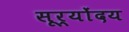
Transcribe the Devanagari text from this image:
सूर्योंदय